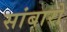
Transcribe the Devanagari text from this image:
सांबारो